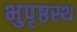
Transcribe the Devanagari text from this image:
भुपृष्ठस्थ